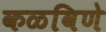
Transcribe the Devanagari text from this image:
कळविणे